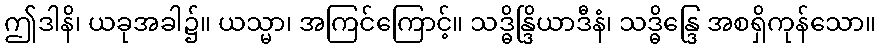
ဤဒါနိ၊ ယခုအခါ၌။ ယသ္မာ၊ အကြင်ကြောင့်။ သဒ္ဓိန္ဒြိယာဒီနံ၊ သဒ္ဓိန္ဒြေ အစရှိကုန်သော။